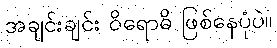
အချင်းချင်း ဝိရောဓိ ဖြစ်နေပုံပဲ။